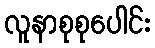
လူနာစုစုပေါင်း